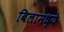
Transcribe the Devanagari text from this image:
बिलामध्ये